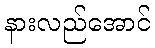
နားလည်အောင်